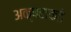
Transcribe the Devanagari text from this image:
अक्षराकडे